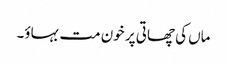
ماں کی چھاتی پر خون مت بہاؤ۔